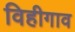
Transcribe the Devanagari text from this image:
विहीगाव